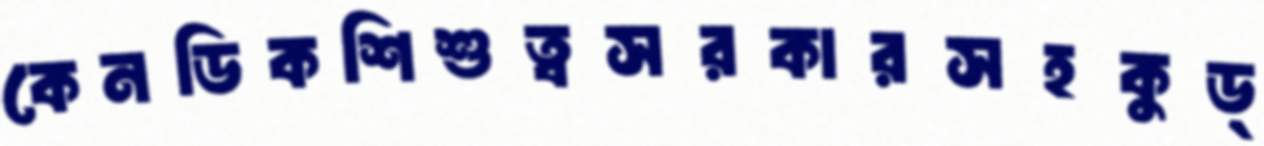
কেনডিকশিশুত্বসরকারসহকুড্